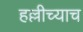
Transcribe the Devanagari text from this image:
हल्लीच्याच